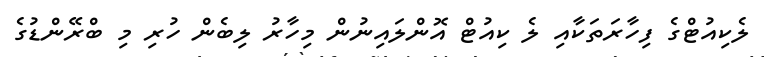
ލެކިއުޓްގެ ފިހާރަތަކާއި ލެ ކިއުޓް އޮންލައިނުން މިހާރު ލިބެން ހުރި މި ބްރޭންޑުގެ